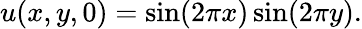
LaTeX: u(x,y,0)=\sin(2\pi x)\sin(2\pi y).